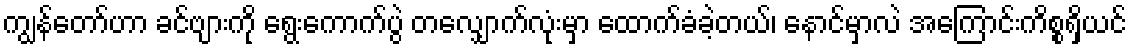
ကျွန်တော်ဟာ ခင်ဗျားကို ရွေးကောက်ပွဲ တလျှောက်လုံးမှာ ထောက်ခံခဲ့တယ်၊ နောင်မှာလဲ အကြောင်းကိစ္စရှိယင်